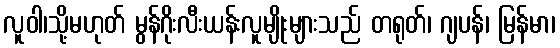
လူဝါ၊သို့မဟုတ် မွန်ဂိုးလီးယန်းလူမျိုးများသည် တရုတ်၊ ဂျပန်၊ မြန်မာ၊